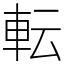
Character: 転